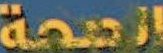
الصحة